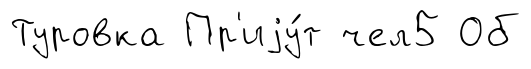
Туровка Пр'иjу́т чел5 Об